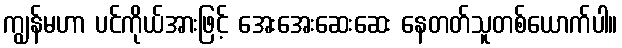
ကျွန်မဟာ ပင်ကိုယ်အားဖြင့် အေးအေးဆေးဆေး နေတတ်သူတစ်ယောက်ပါ။